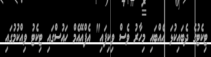
ޓިކެޓުގެ ދެބައިކުޅަ އެއްބައި މިހާރު ވެސް ވިކިފައި" އެފްއޭއެމް ހައުސްގައި ޓިކެޓު ވިއްކުމުގައި